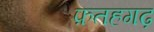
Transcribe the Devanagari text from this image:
फ़तहगढ़